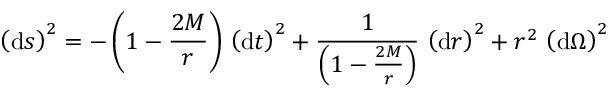
\left( \mathrm { d } s \right) ^ { 2 } = - \left( 1 - { \frac { 2 M } { r } } \right) \, \left( \mathrm { d } t \right) ^ { 2 } + { \frac { 1 } { \left( 1 - { \frac { 2 M } { r } } \right) } } \, \left( \mathrm { d } r \right) ^ { 2 } + r ^ { 2 } \, \left( \mathrm { d } \Omega \right) ^ { 2 }